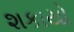
શકાયો